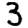
Digit: 3